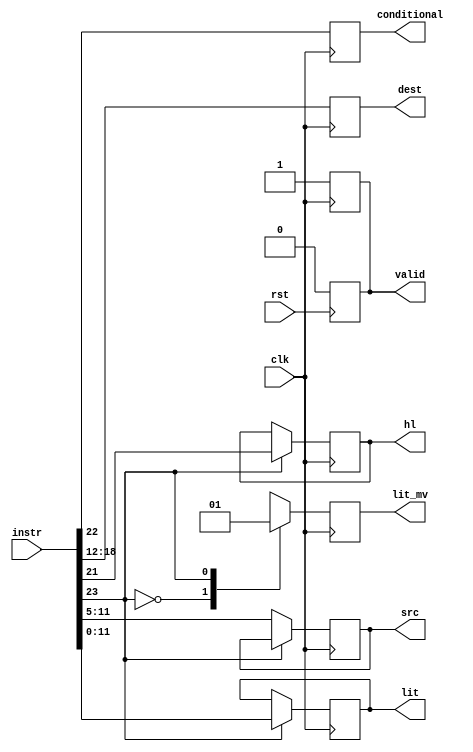
/*
decode ops coming in from memory

instruction encoding: 16 bits for an instruction
          7 6 5 4  3 2 1 0  F E D C  B A 9 8  7 6 5 4  3 2 1 0
r-type: [ 0 c x x  x d d d  d d d d  s s s s  s s s x  x x x x ] - 1-bit op, 1-bit conditional, 7-bit src, 7-bit dest
l-type: [ 1 c h x  x d d d  d d d d  l l l l  l l l l  l l l l ] - 1-bit op, 1-bit conditional, 1 bit high/low select, 7-bit dest, 12-bit literal
*/

`timescale 1ns / 1ns

module decodeunit(
    input clk,
    input rst,
    input [23:0] instr,
    
    output reg valid, // 0 if invalid instruction decoded
    output reg conditional, // 1 if depending on result from cmp unit
    
    output reg lit_mv, // 1 for literal being loaded, 0 for move instruction
    output reg [6:0] src, // src register
    output reg [6:0] dest, // destination register
    
    output reg hl, // load high or low part of literal into register (if loading) (0 for low)
    output reg [11:0] lit // literal value to load (if loading)
);

    parameter ireg = 1'b0;
    parameter iimm = 1'b1;

    parameter invalid_instr = 1'b0;
    parameter valid_instr = 1'b1;

    parameter literal = 1'b1;
    parameter move = 1'b0;
    
    wire intop;
    assign intop = instr[23]; // always the same regardless of instruction
    
    always @(negedge clk) begin
        conditional <= instr[22];
        dest <= instr[18:12];
        case (intop)
            ireg: begin // register move
                src <= instr[11:5];
                lit_mv <= move;
                valid <= valid_instr;
            end
            iimm: begin // literal load
                hl <= instr[21];
                lit <= instr[11:0];
                lit_mv <= literal;
                valid <= valid_instr;
            end
            default: begin
                valid <= invalid_instr;
            end
        endcase
    end
    
    always @(posedge rst) begin
        valid <= invalid_instr;
    end
    
endmodule